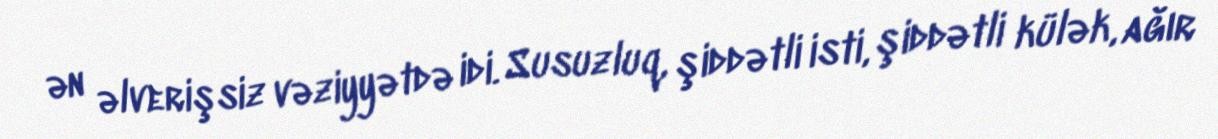
ən əlverişsiz vəziyyətdə idi. Susuzluq, şiddətli isti, şiddətli külək, ağır